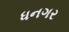
ધનગર